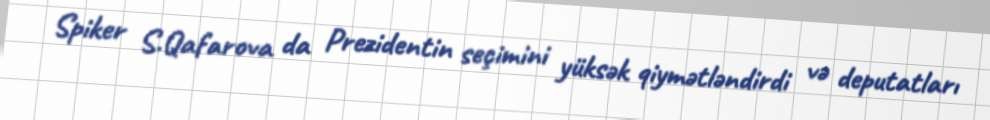
Spiker S.Qafarova da Prezidentin seçimini yüksək qiymətləndirdi və deputatları